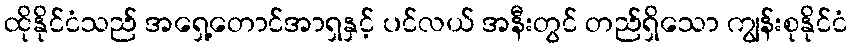
ထိုနိုင်ငံသည် အရှေ့တောင်အာရှနှင့် ပင်လယ် အနီးတွင် တည်ရှိသော ကျွန်းစုနိုင်ငံ